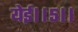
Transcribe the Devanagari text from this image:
येई।।५।।